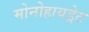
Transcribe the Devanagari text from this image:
मोनोहायड्रेट